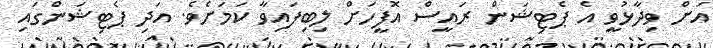
އަށް ވިދާޅުވީ އެ ޕެޓިޝަން ރައީސް އޮފީހަށް ލިބިފައިވާ ކަމަށެވެ. އަދި ޕެޓިޝަންގައި